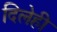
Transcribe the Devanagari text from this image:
दिलेही